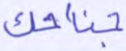
جناحك